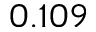
0 . 1 0 9